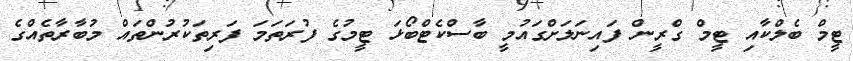
ޓީމް ބެލްކާއި ޓީމް ގްރީން ފައިނަލަށްގައުމީ ބާސްކެޓްބޯޅަ ޓީމުގެ ފުރަތަމަ ފަރިތަކުރުންތައް މުބާރާތެއްގެ